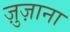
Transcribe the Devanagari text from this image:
ज़ुज़ाना